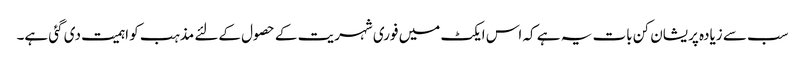
سب سے زیادہ پریشان کن بات یہ ہے کہ اس ایکٹ میں فوری شہریت کے حصول کےلئے مذہب کو اہمیت دی گئی ہے۔